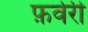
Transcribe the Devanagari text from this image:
फ़र्वरी